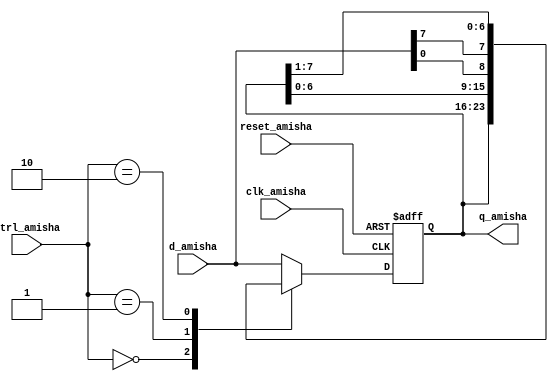
`timescale 1ns / 1ps
//////////////////////////////////////////////////////////////////////////////////
// Company: 
// Engineer: 
// 
// Design Name: 
// Module Name:    univ_shift_reg_Amisha 
// Project Name: 
// Target Devices: 
// Tool versions: 
// Description: 
//
// Dependencies: 
//
// Revision: 
// Revision 0.01 - File Created
// Additional Comments: 
//
//////////////////////////////////////////////////////////////////////////////////
module univ_shift_reg_Amisha
#(parameter N_amisha =8)
(
    input clk_amisha,
    input reset_amisha,
    input [1:0] ctrl_amisha,
    input [N_amisha-1 : 0] d_amisha,
    output [N_amisha-1 : 0] q_amisha
    );
	 
	 reg [N_amisha-1 : 0] r_reg_amisha, r_next_amisha;
	 always @(posedge clk_amisha, posedge reset_amisha)
	 if (reset_amisha)
	 r_reg_amisha <= 0;
	 else 
	 r_reg_amisha <= r_next_amisha;
	 
	 always @*
	 case (ctrl_amisha)
	 2'b00: r_next_amisha = r_reg_amisha;
	 2'b01: r_next_amisha = {r_reg_amisha[N_amisha-2 : 0], d_amisha[0]};
	 2'b10: r_next_amisha = {d_amisha[N_amisha-1], r_reg_amisha[N_amisha-1 : 1]};
	 default: r_next_amisha = d_amisha;
	 endcase
	 
	 assign q_amisha = r_reg_amisha;
endmodule